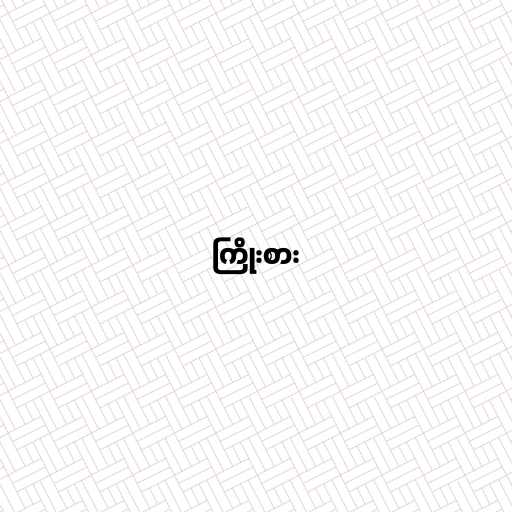
ကြိုးစား